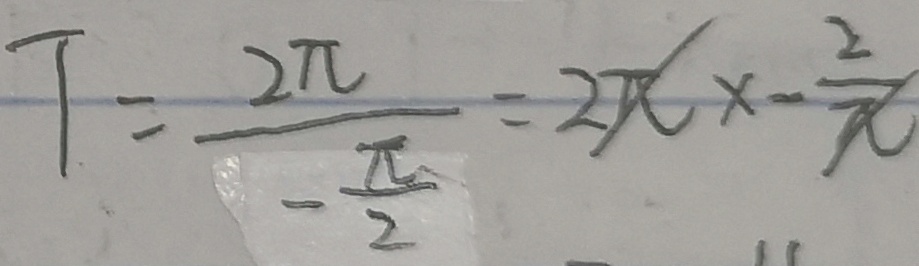
T = \frac { 2 \pi } { - \frac { \pi } { 2 } } = 2 \pi x - \frac { 2 } { \pi }